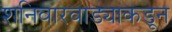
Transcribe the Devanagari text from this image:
शनिवारवाड्याकडून